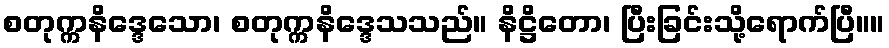
စတုက္ကနိဒ္ဒေသော၊ စတုက္ကနိဒ္ဒေသသည်။ နိဋ္ဌိတော၊ ပြီးခြင်းသို့ရောက်ပြီ။။